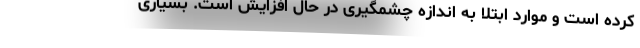
کرده است و موارد ابتلا به اندازه چشمگیری در حال افزایش است. بسیاری